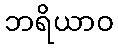
ဘရိယာဝ